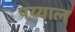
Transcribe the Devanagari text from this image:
पय्याल